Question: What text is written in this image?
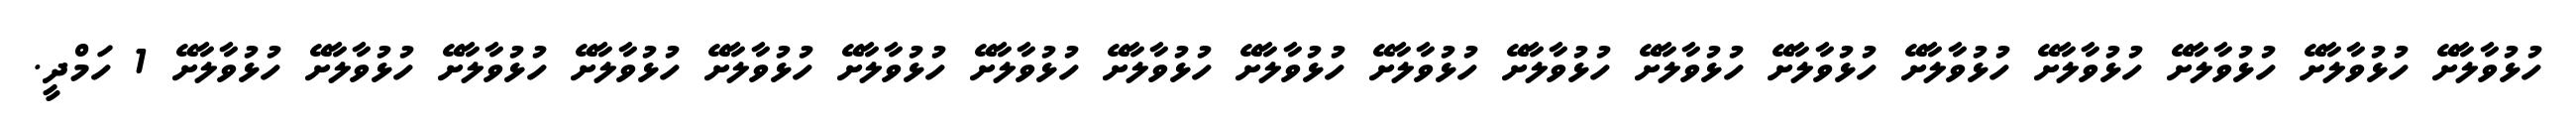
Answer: ހުޅުވާލާށޭ ހުޅުވާލާށޭ ހުޅުވާލާށޭ ހުޅުވާލާށޭ ހުޅުވާލާށޭ ހުޅުވާލާށޭ ހުޅުވާލާށޭ ހުޅުވާލާށޭ ހުޅުވާލާށޭ ހުޅުވާލާށޭ ހުޅުވާލާށޭ ހުޅުވާލާށޭ ހުޅުވާލާށޭ ހުޅުވާލާށޭ ހުޅުވާލާށޭ ހުޅުވާލާށޭ ހުޅުވާލާށޭ ހުޅުވާލާށޭ 1 ހަމްދީ.